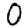
Digit: 0